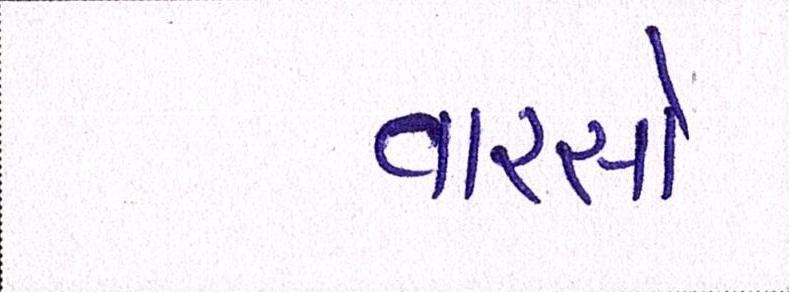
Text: વારસો